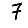
Digit: 7